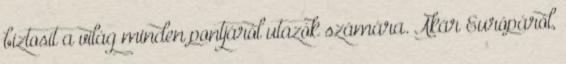
biztosít a világ minden pontjáról utazók számára. Akár Európáról,